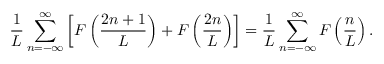
\frac { 1 } { L } \sum _ { n = - \infty } ^ { \infty } \left[ F \left( \frac { 2 n + 1 } { L } \right) + F \left( \frac { 2 n } { L } \right) \right] = \frac { 1 } { L } \sum _ { n = - \infty } ^ { \infty } F \left( \frac { n } { L } \right) .